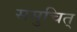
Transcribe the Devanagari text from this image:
समुचित्‌